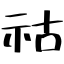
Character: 祜